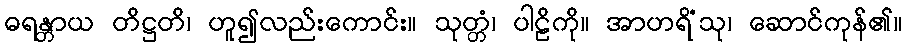
ဓရန္တာယ တိဋ္ဌတိ၊ ဟူ၍လည်းကောင်း။ သုတ္တံ၊ ပါဠိကို။ အာဟရိံသု၊ ဆောင်ကုန်၏။